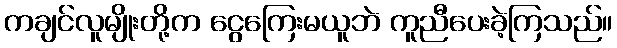
ကချင်လူမျိုးတို့က ငွေကြေးမယူဘဲ ကူညီပေးခဲ့ကြသည်။